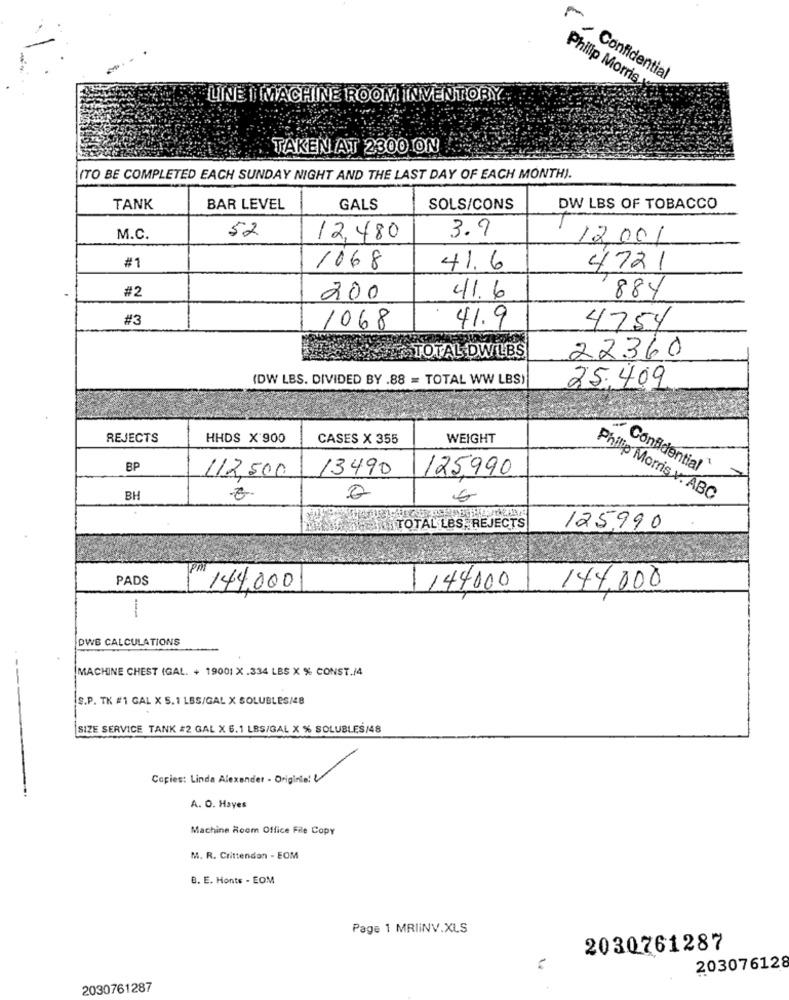
r, Confidential
Phillip Morris
LINE I MACHINE ROOM INVENTORY
TAKEN AT 2300 ON
(TO BE COMPLETED EACH SUNDAY NIGHT AND THE LAST DAY OF EACH MONTH).
TANK
BAR LEVEL
GALS
SOLS/CONS
DW LBS OF TOBACCO
52
3.9
M.C.
12,480
12001
#1
1068
41.6
4721
#2
200
41.6
884
#3
41.9
1068
4754
HA TOTAL DWLBS
22360
(DW LBS. DIVIDED BY .88 = TOTAL WW LBS)
25.409
REJECTS
HHDS X 900
CASES X 355
WEIGHT
BP
13490
125990
Confidential
112,500
BH
Philip Morris v. ABC
HE HREN TOTAL LBS, REJECTS
125990
PADS
144,000
1144000
144,000
DWB CALCULATIONS
MACHINE CHEST (GAL. + 19001 X .334 LBS X % CONST./4
---
S.P. TK #1 GAL X 5. 1 LBS/GAL X SOLUBLES/48
SIZE SERVICE TANK #2 GAL X 6.1 LBS/GAL X % SOLUBLES/48
Copies: Linda Alexander - Origine: \
A. O. Hayes
Machine Room Office File Copy
M. R. Crittenden - EOM
B. E. Honts - EOM
Page 1 MRIINV.XLS
2030761287
203076128
2030761287